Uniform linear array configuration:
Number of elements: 8
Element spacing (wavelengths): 0.5
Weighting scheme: uniform
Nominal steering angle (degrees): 30
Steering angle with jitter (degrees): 28.835
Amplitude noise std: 0.05
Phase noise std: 0.05

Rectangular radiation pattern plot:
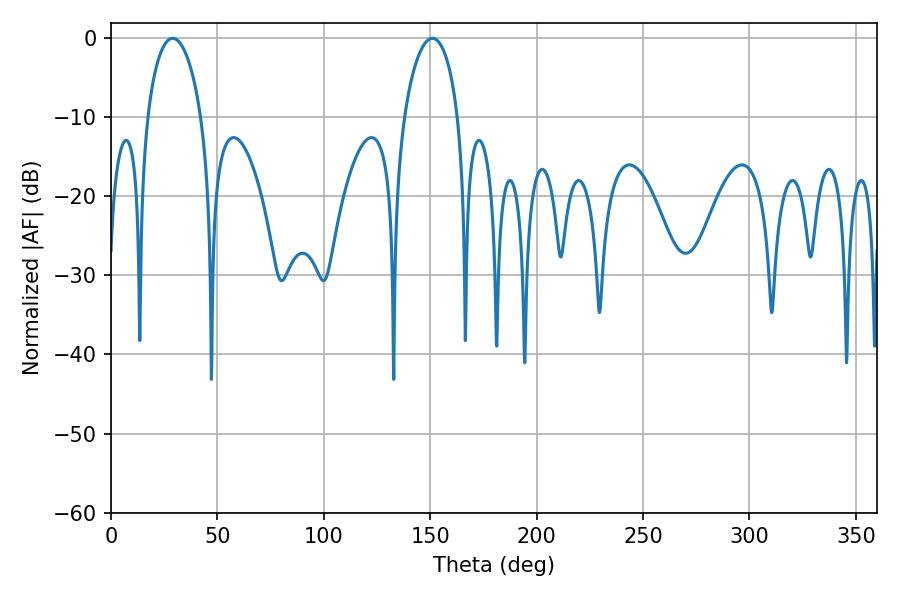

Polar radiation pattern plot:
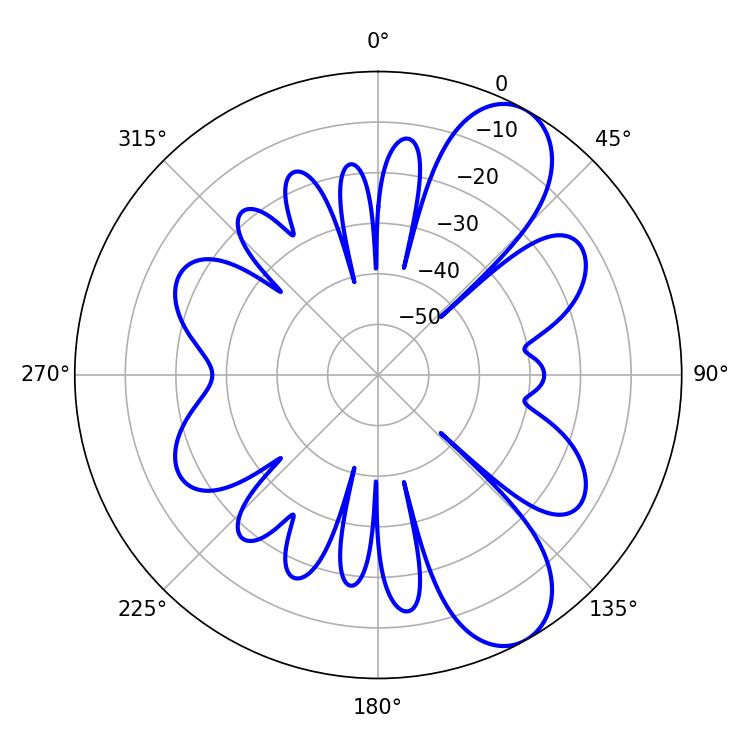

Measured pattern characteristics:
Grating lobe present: FALSE
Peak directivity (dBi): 8.84
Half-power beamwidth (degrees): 14.58
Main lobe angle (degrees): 28.98